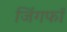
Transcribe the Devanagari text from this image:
जिंगफाॅ